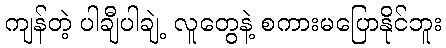
ကျန်တဲ့ ပါချီပါချဲ့ လူတွေနဲ့ စကားမပြောနိုင်ဘူး